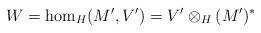
LaTeX: \begin{align*}W=\hom_H(M',V')=V'\otimes_H(M')^*\end{align*}